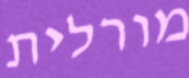
מורלית